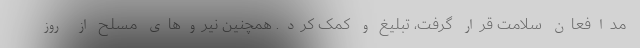
مدافعان سلامت قرار گرفت، تبلیغ و کمک کرد. همچنین نیروهای مسلح از روز